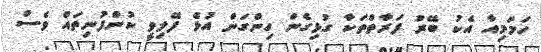
ހަމަމިއާ އެކު ބޭރު ފަރާތްތަކާ ގުޅިގެން ހިންގަން އުޅެ ފޭލިވީ ކުންފުނިތައް ވެސް